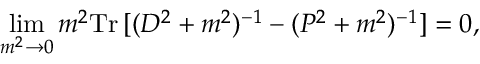
\operatorname * { l i m } _ { m ^ { 2 } \to 0 } m ^ { 2 } \mathrm { T r } \, [ ( D ^ { 2 } + m ^ { 2 } ) ^ { - 1 } - ( P ^ { 2 } + m ^ { 2 } ) ^ { - 1 } ] = 0 ,